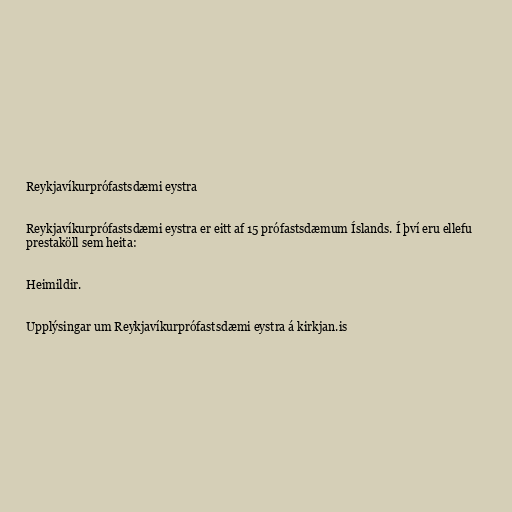
Reykjavíkurprófastsdæmi eystra

Reykjavíkurprófastsdæmi eystra er eitt af 15 prófastsdæmum Íslands. Í því eru ellefu
prestaköll sem heita:

Heimildir.

Upplýsingar um Reykjavíkurprófastsdæmi eystra á kirkjan.is